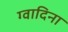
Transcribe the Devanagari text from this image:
ग्वादिना